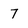
Character: 7